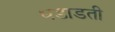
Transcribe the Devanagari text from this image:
धडाडती